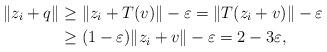
LaTeX: \begin{align*} \|z_i + q\| &\ge \|z_i + T(v)\| - \varepsilon = \|T(z_i + v)\| - \varepsilon \\ &\ge (1-\varepsilon)\|z_i + v\| - \varepsilon = 2 - 3\varepsilon, \end{align*}